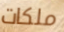
ملكات